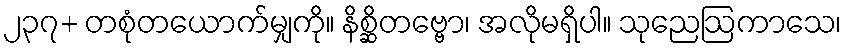
၂၃၇+ တစုံတယောက်မျှကို။ နိစ္ဆိတဗ္ဗော၊ အလိုမရှိပါ။ သုညေဩကာသေ၊